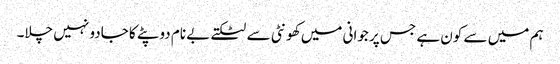
ہم میں سے کون ہے جس پر جوانی میں کھونٹی سے لٹکتے بے نام دوپٹے کا جادو نہیں چلا۔